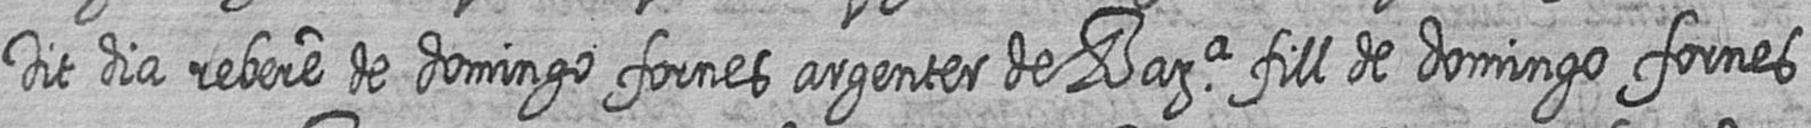
Dit dia rebere de domingo fornes argenter de Bara fill de domingo fornes